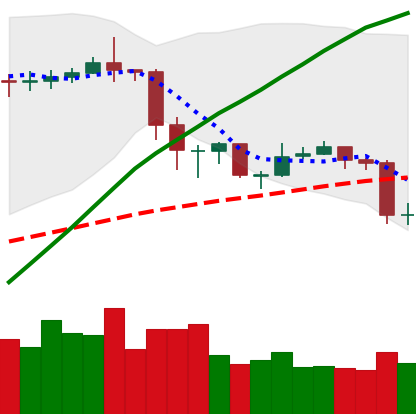
Ticker: ETC-USD
Chart end date: 2020-02-27
Forward return: 10.576%
Label: up_7plus